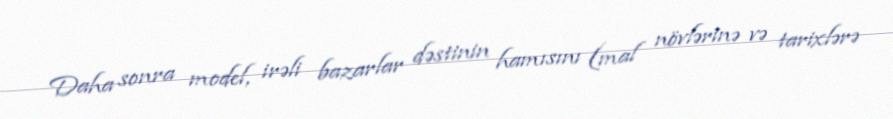
Daha sonra model, irəli bazarlar dəstinin hamısını (mal növlərinə və tarixlərə